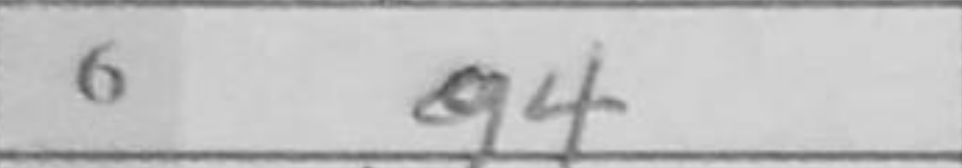
Transcription: g4